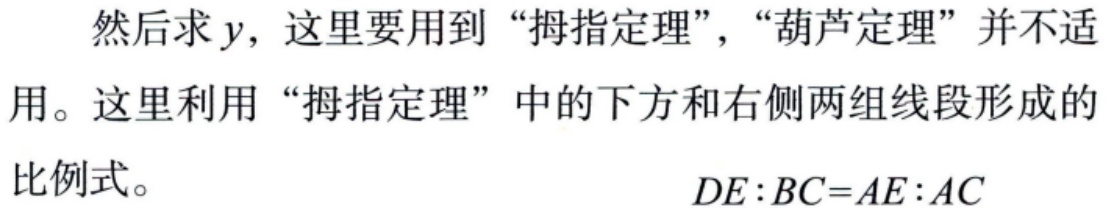
然后求\(y\)，这里要用到 “拇指定理”，“葫芦定理” 并不适
用。这里利用 “拇指定理” 中的下方和右侧两组线段形成的
比例式。
\[DE:BC = AE:AC\]